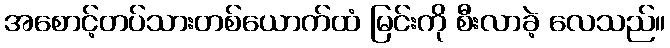
အစောင့်တပ်သားတစ်ယောက်ထံ မြင်းကို စီးလာခဲ့ လေသည်။